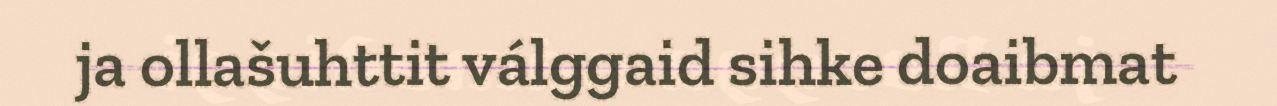
ja ollašuhttit válggaid sihke doaibmat